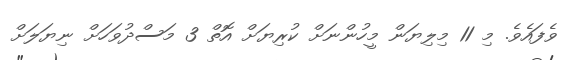
ވެފައެވެ. މި 11 މިލިޔަން މީހުންނަށް ކުރިޔަށް އޮތް 3 މަސްދުވަހަށް ނިޔަލަށް